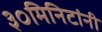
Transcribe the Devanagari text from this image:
३०मिनिटांनी